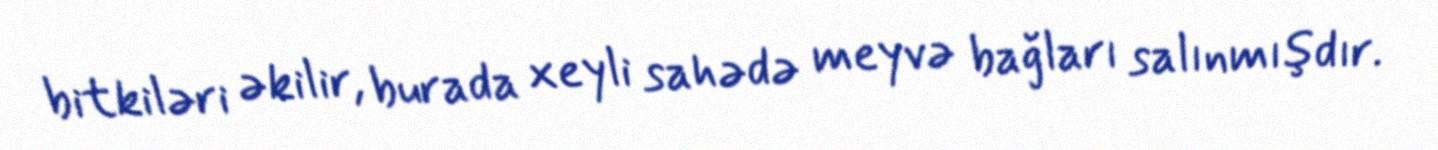
bitkiləri əkilir, burada xeyli sahədə meyvə bağları salınmışdır.